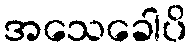
အသေခေါပိ